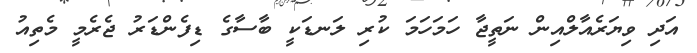
އަދި ވިޔަރެއާލްއިން ނަތީޖާ ހަމަހަމަ ކުރި ލަނޑަކީ ބާސާގެ ޑިފެންޑަރު ޖެރެމީ މެތިއު